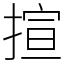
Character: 揎